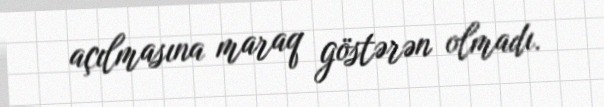
açılmasına maraq göstərən olmadı.